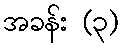
အခန်း (၃)